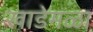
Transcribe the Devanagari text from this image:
खाडेमळा